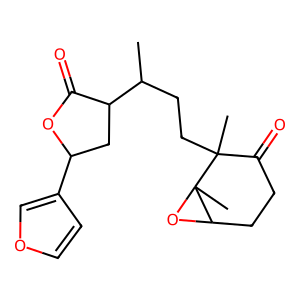
SMILES: CC(CCC1(C)C(=O)CCC2OC21C)C1CC(c2ccoc2)OC1=O
Inhibits HIV replication: No